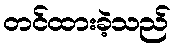
တင်ထားခဲ့သည်